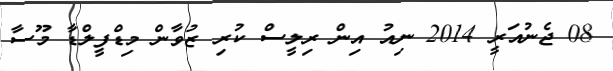
08 ޖެނުއަރީ 2014 ނިއު އިން ރިލީސް ކުރި ޒުވާން މިޑްފީލްޑާ މޫސާ